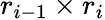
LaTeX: r_{i-1}\times r_{i}